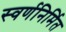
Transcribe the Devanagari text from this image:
स्वर्णनिर्मित